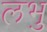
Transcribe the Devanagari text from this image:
लभु